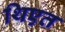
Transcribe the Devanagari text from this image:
थिएत